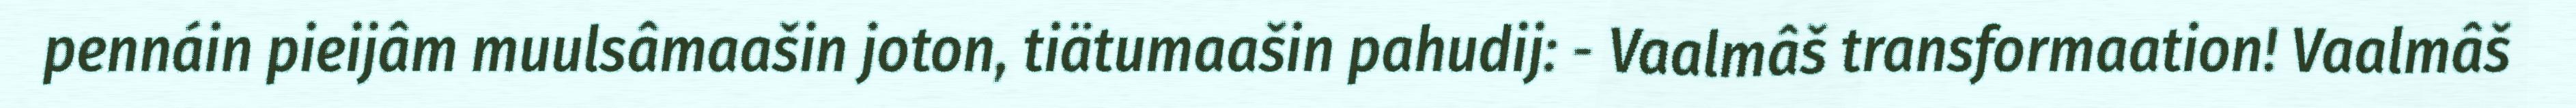
pennáin pieijâm muulsâmaašin joton, tiätumaašin pahudij: - Vaalmâš transformaation! Vaalmâš